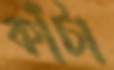
কাঁটা